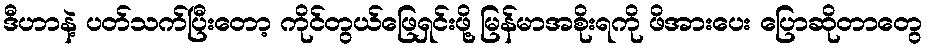
ဒီဟာနဲ့ ပတ်သက်ပြီးတော့ ကိုင်တွယ်ဖြေရှင်းဖို့ မြန်မာအစိုးရကို ဖိအားပေး ပြောဆိုတာတွေ